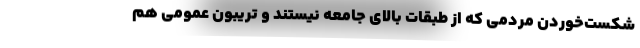
شکست‌خوردن مردمی که از طبقات بالای جامعه نیستند و تریبون عمومی هم